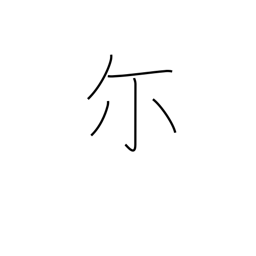
Meaning: you